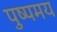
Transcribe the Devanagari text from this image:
पुष्पमय